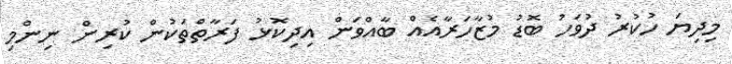
މިދިޔަ ހުކުރު ދުވަހު ބޮޑު މުޒާހަރާއެއް ބާއްވަން އިދިކޮޅު ފަރާތްތަކުން ކުރިން ނިންމި